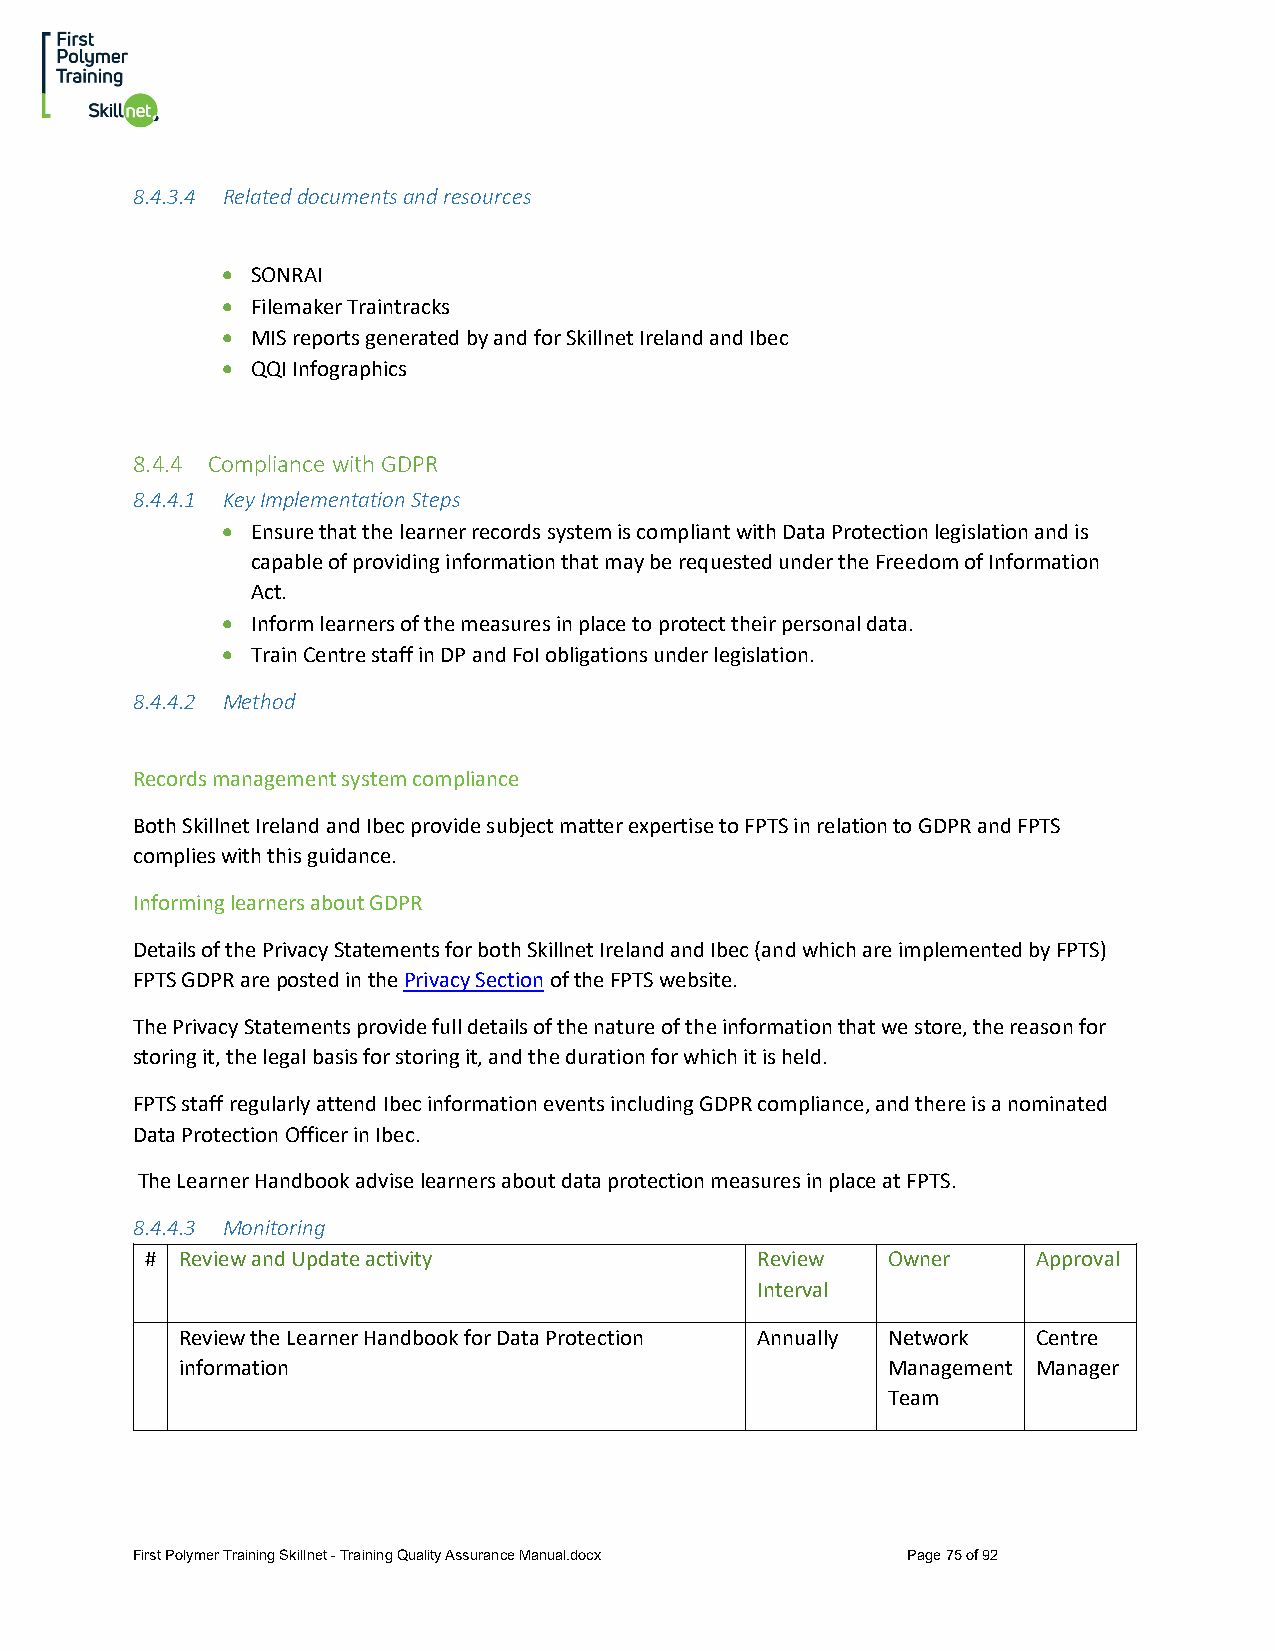
8.4.3.4 Related documents and resources
 • SONRAI
 • Filemaker Traintracks
 • MIS reports generated by and for Skillnet Ireland and Ibec
 • QQI Infographics
 8.4.4 Compliance with GDPR
 8.4.4.1 Key Implementation Steps
 • Ensure that the learner records system is compliant with Data Protection legislation and is
 capable of providing information that may be requested under the Freedom of Information
 Act.
 • Inform learners of the measures in place to protect their personal data.
 • Train Centre staff in DP and FoI obligations under legislation.
 8.4.4.2 Method
 Records management system compliance
 Both Skillnet Ireland and Ibec provide subject matter expertise to FPTS in relation to GDPR and FPTS
 complies with this guidance.
 Informing learners about GDPR
 Details of the Privacy Statements for both Skillnet Ireland and Ibec (and which are implemented by FPTS)
 FPTS GDPR are posted in the Privacy Section of the FPTS website.
 The Privacy Statements provide full details of the nature of the information that we store, the reason for
 storing it, the legal basis for storing it, and the duration for which it is held.
 FPTS staff regularly attend Ibec information events including GDPR compliance, and there is a nominated
 Data Protection Officer in Ibec.
 The Learner Handbook advise learners about data protection measures in place at FPTS.
 8.4.4.3 Monitoring
 # Review and Update activity            Review   Owner     Approval
 Interval
 Review the Learner Handbook for Data Protection Annually Network Centre
 information                                    Management Manager
 Team
 First Polymer Training Skillnet - Training Quality Assurance Manual.docx Page 75 of 92